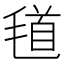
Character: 𣮹